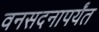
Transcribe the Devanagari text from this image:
वनसदनापर्यंत